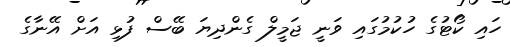
ހައި ކޯޓުގެ ހުކުމުގައި ވަނީ ޖަމީލް ގެންދިޔަ ބޭސް ފުޅި އަށް އޭނާގެ